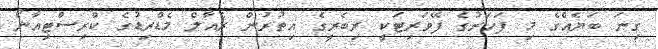
ގިނަ ބަޔެއްގެ މި ފަހަރުގެ ފޭވަރިޓަކީ ރިބެރީގެ އިތުރުން ރެއާލް މެޑްރިޑުގެ ކްރިސްޓިއާނޯ